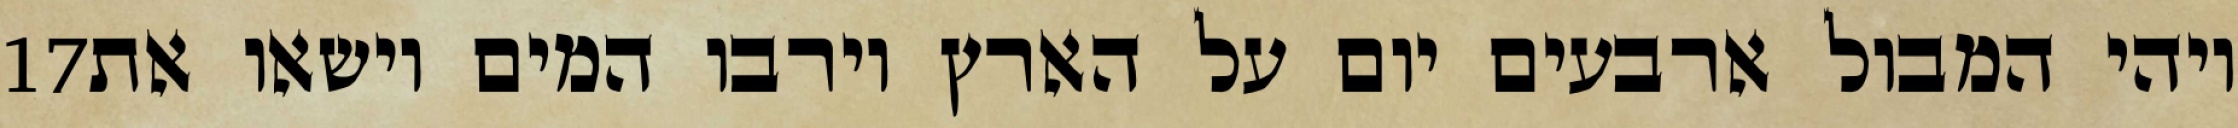
‎17‏ ויהי המבול ארבעים יום על הארץ וירבו המים וישאו את